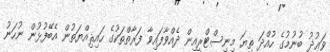
ވަޢުޛު ބުނުމުގެ ހުއްދަ ތިޔަ މިނިސްޓްރީއިން ދެއްވާފައިވާ ފަރާތްތަކުގެ ހައިޘިއްޔަތުން އެބޭފުޅުން ނުހަނު